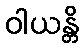
ဝါယန္တိ